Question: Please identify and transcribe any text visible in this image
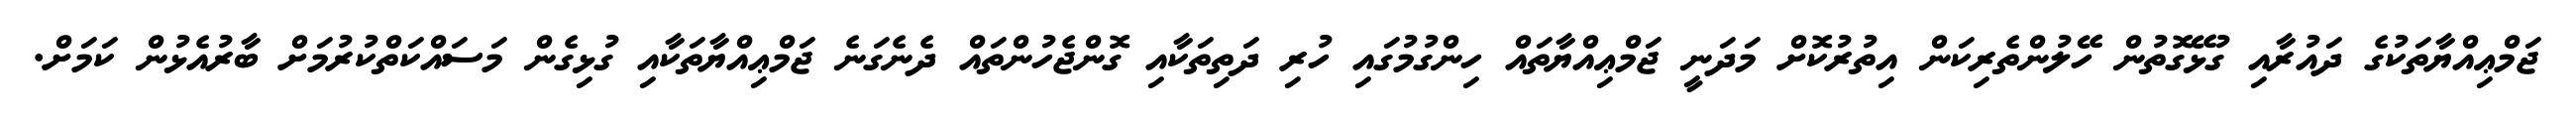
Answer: ޖަމްޢިއްޔާތަކުގެ ދައުރާއި ގުޅޭގޮތުން ހޭލުންތެރިކަން އިތުރުކޮށް މަދަނީ ޖަމްޢިއްޔާތައް ހިންގުމުގައި ހުރި ދަތިތަކާއި ގޮންޖެހުންތައް ދެނެގަނެ ޖަމްޢިއްޔާތަކާއި ގުޅިގެން މަސައްކަތްކުރުމަށް ބާރުއެޅުން ކަމަށް.